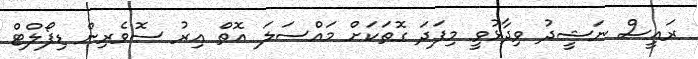
ރައީސް ނަޝީދު ވިދާޅުވީ މިފަދަ ގޮތަކަށް މައްސަލަ އޮތް އިރު ސޮވެރިން ޑިފޯލްޓް